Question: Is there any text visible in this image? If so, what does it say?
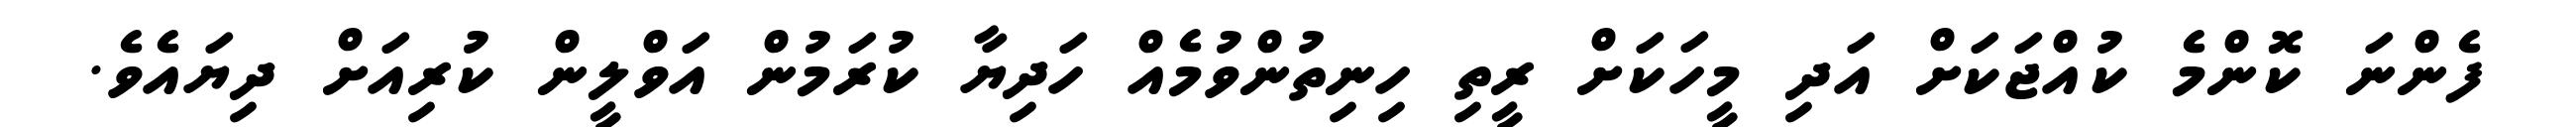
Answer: ފެންނަ ކޮންމެ ކުއްޖަކަށް އަދި މީހަކަށް ރީތި ހިނިތުންވުމެއް ހަދިޔާ ކުރަމުން އަވްލީން ކުރިއަށް ދިޔައެވެ.